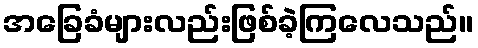
အခြေခံများလည်းဖြစ်ခဲ့ကြလေသည်။